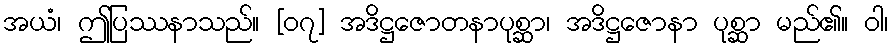
အယံ၊ ဤပြဿနာသည်။ [၀၇] အဒိဋ္ဌဇောတနာပုစ္ဆာ၊ အဒိဋ္ဌဇောနာ ပုစ္ဆာ မည်၏။ ဝါ၊